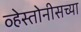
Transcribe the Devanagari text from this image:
व्हेस्तोनीसच्या